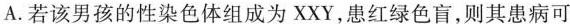
A.若该男孩的性染色体组成为XXY，患红绿色盲，则其患病可